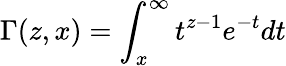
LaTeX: \Gamma(z,x)=\int_{x}^{\infty}t^{z-1}e^{-t}dt